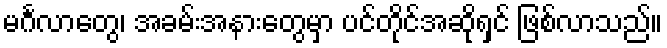
မင်္ဂလာတွေ၊ အခမ်းအနားတွေမှာ ပင်တိုင်အဆိုရှင် ဖြစ်လာသည်။